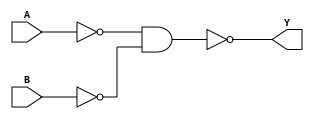
module OR(Y,A,B);
	input A,B;
	output Y;
	wire x,z;
	nand (x,A,A);
	nand (z,B,B);
	nand (Y,x,z);
endmodule

module HALF_ADDER(COUT,SUM,IN0,IN1);
	input IN0,IN1;
	output COUT,SUM;
	wire t1,t2,t3;
	nand(t1,IN0,IN1);
	nand(t2,t1,IN0);
	nand(t3,t1,IN1);
	nand(SUM,t2,t3);
	nand(COUT,t1,t1);
endmodule  	

module FULL_ADDER(COUT,SUM,IN0,IN1,CIN);
	input IN0,IN1,CIN;
	output COUT,SUM;
	wire wc1,wc2,wsum;
	HALF_ADDER Half_Adder_1(wc,wsum,IN0,IN1);
	HALF_ADDER Half_Adder_2(wc2,SUM,wsum,CIN);
	OR or_1(COUT,wc,wc2);
endmodule